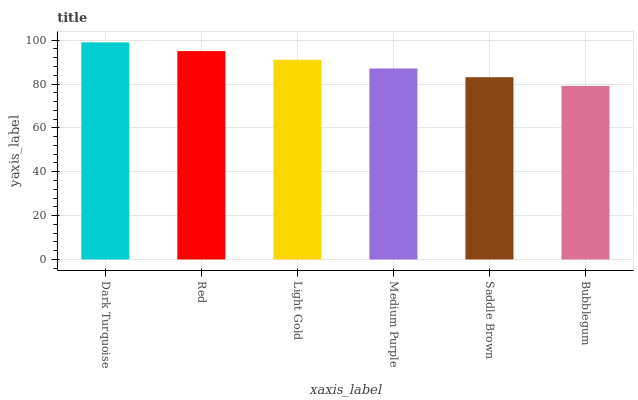
| xaxis_label | bars |
 | --- | --- |
 | Dark Turquoise | 99 |
 | Red | 95 |
 | Light Gold | 91.1 |
 | Medium Purple | 87.1 |
 | Saddle Brown | 83.1 |
 | Bubblegum | 79.1 |